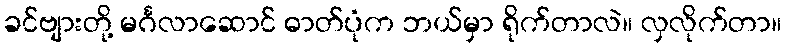
ခင်ဗျားတို့ မင်္ဂလာဆောင် ဓာတ်ပုံက ဘယ်မှာ ရိုက်တာလဲ။ လှလိုက်တာ။